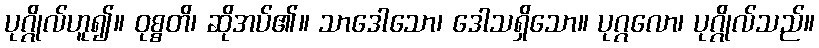
ပုဂ္ဂိုလ်ဟူ၍။ ဝုစ္စတိ၊ ဆိုအပ်၏။ သာဒေါသော၊ ဒေါသရှိသော။ ပုဂ္ဂလော၊ ပုဂ္ဂိုလ်သည်။